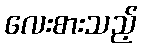
လေးစားသည့်